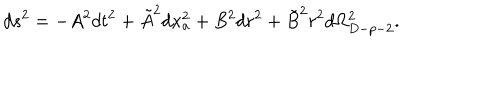
d s ^ { 2 } = - A ^ { 2 } d t ^ { 2 } + \tilde { A } ^ { 2 } d x _ { a } ^ { 2 } + B ^ { 2 } d r ^ { 2 } + \tilde { B } ^ { 2 } r ^ { 2 } d \Omega _ { D - p - 2 } ^ { 2 } .